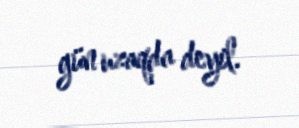
gün uzaqda deyil.